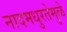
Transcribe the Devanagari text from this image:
नादमधुरतेमुळे